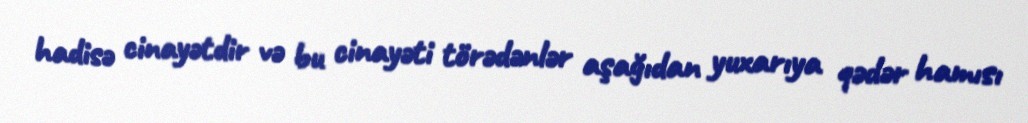
hadisə cinayətdir və bu cinayəti törədənlər aşağıdan yuxarıya qədər hamısı